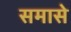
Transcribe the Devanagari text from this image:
समासे